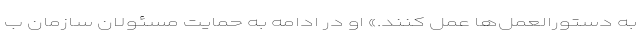
به دستورالعمل‌ها عمل کنند.» او در ادامه به حمایت مسئولان سازمان ب